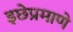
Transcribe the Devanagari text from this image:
इछेप्रमाणे